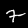
Digit: 7